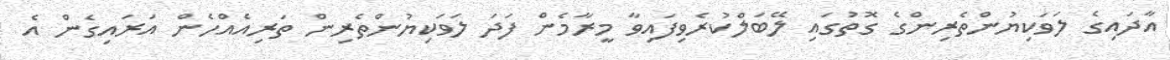
އާދައިގެ ލަވަކިޔުންތެރިންގެ ގޮތުގައި ލޭބަލްކުރެވިފައިވާ މީރާމެން ފަދަ ލަވަކިޔުންތެރިން ތަރިއެއްހެން އަރައިގެން އެ